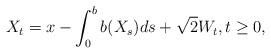
LaTeX: \begin{align*}X_t=x-\int_0^b b(X_s)ds + \sqrt{2}W_t, t \geq 0,\end{align*}